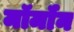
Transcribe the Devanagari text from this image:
मॉर्मॉन